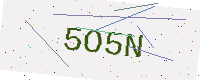
Text: 5O5N